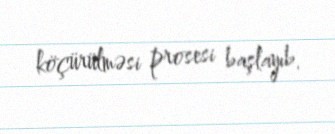
köçürülməsi prosesi başlayıb.